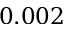
0 . 0 0 2